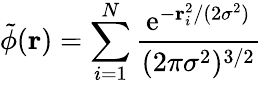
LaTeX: \tilde{\phi}(\mathbf{r})=\sum_{i=1}^{N}\frac{\mathrm{e}^{-\mathbf{r}_{i}^{2}/(2\sigma^{2})}}{(2\pi\sigma^{2})^{3/2}}